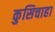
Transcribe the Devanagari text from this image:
कुसिचाहा